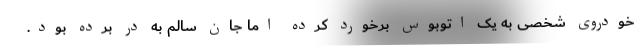
خودروی شخصی به یک اتوبوس برخورد کرده اما جان سالم به در برده بود.